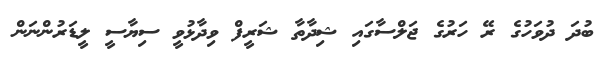
ބުދަ ދުވަހުގެ ރޭ ހަރުގެ ޖަލްސާގައި ޝިދާތާ ޝަރީފް ވިދާޅުވީ ސިޔާސީ ލީޑަރުންނަން